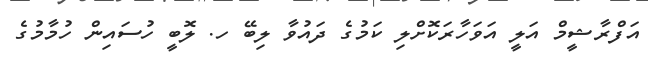
އަފްރާޝީމް އަލީ އަވަހާރަކޮށްލި ކަމުގެ ދައުވާ ލިބޭ ހ. ލޮބީ ހުސައިން ހުމާމުގެ